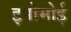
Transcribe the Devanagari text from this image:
इपोमोई